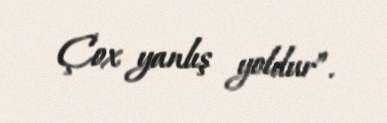
Çox yanlış yoldur”.